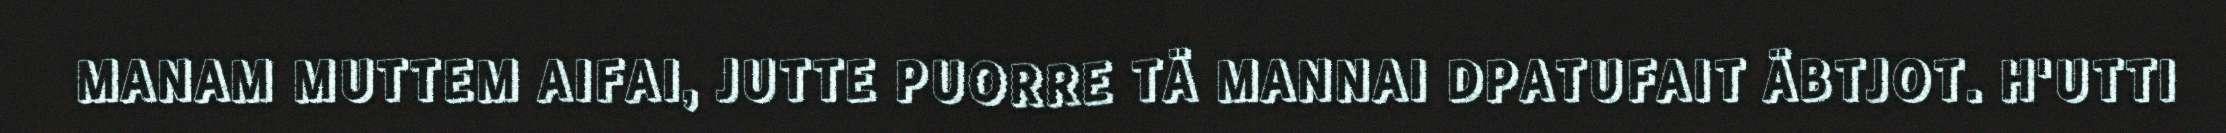
MANAM MUTTEM AIFAI, JUTTE PUORRE TÄ MANNAI DPATUFAIT ÄBTJOT. H'UTTI